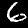
Digit: 6